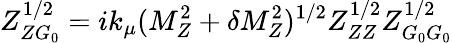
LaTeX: Z_{ZG_{0}}^{1/2}=ik_{\mu}(M_{Z}^{2}+\delta M_{Z}^{2})^{1/2}Z_{ZZ}^{1/2}Z_{G_{0}G_{0}}^{1/2}